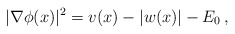
\begin{align*}|\nabla \phi (x)|^2 =v(x) -|w(x)| - E_0 \,,\end{align*}